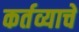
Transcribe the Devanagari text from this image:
कर्तव्याचे